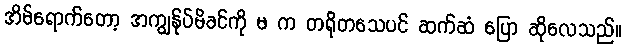
အိမ်ရောက်တော့ အကျွန်ုပ်မိခင်ကို မ က တရိုတသေပင် ဆက်ဆံ ပြော ဆိုလေသည်။